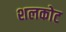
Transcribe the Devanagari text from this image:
शलकोट